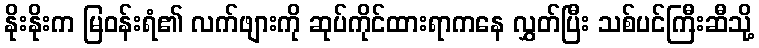
နိုးနိုးက မြဝန်းရံ၏ လက်ဖျားကို ဆုပ်ကိုင်ထားရာကနေ လွှတ်ပြီး သစ်ပင်ကြီးဆီသို့